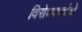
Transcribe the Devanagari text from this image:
विरोधकर्ताओं